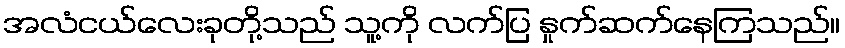
အလံငယ်လေးခုတို့သည် သူ့ကို လက်ပြ နှုက်ဆက်နေကြသည်။